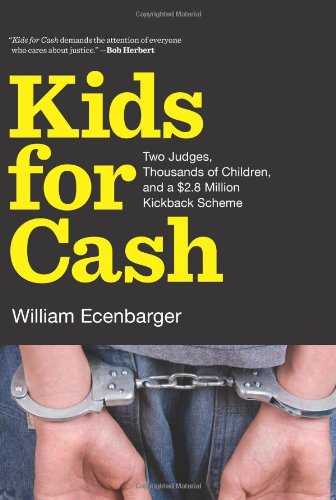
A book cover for Kids for Cash: Two Judges, Thousands of Children, and a $2.6 Million Kickback Scheme; William Ecenbarger; Biographies & Memoirs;